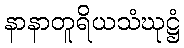
နာနာတူရိယသံဃုဋ္ဌံ